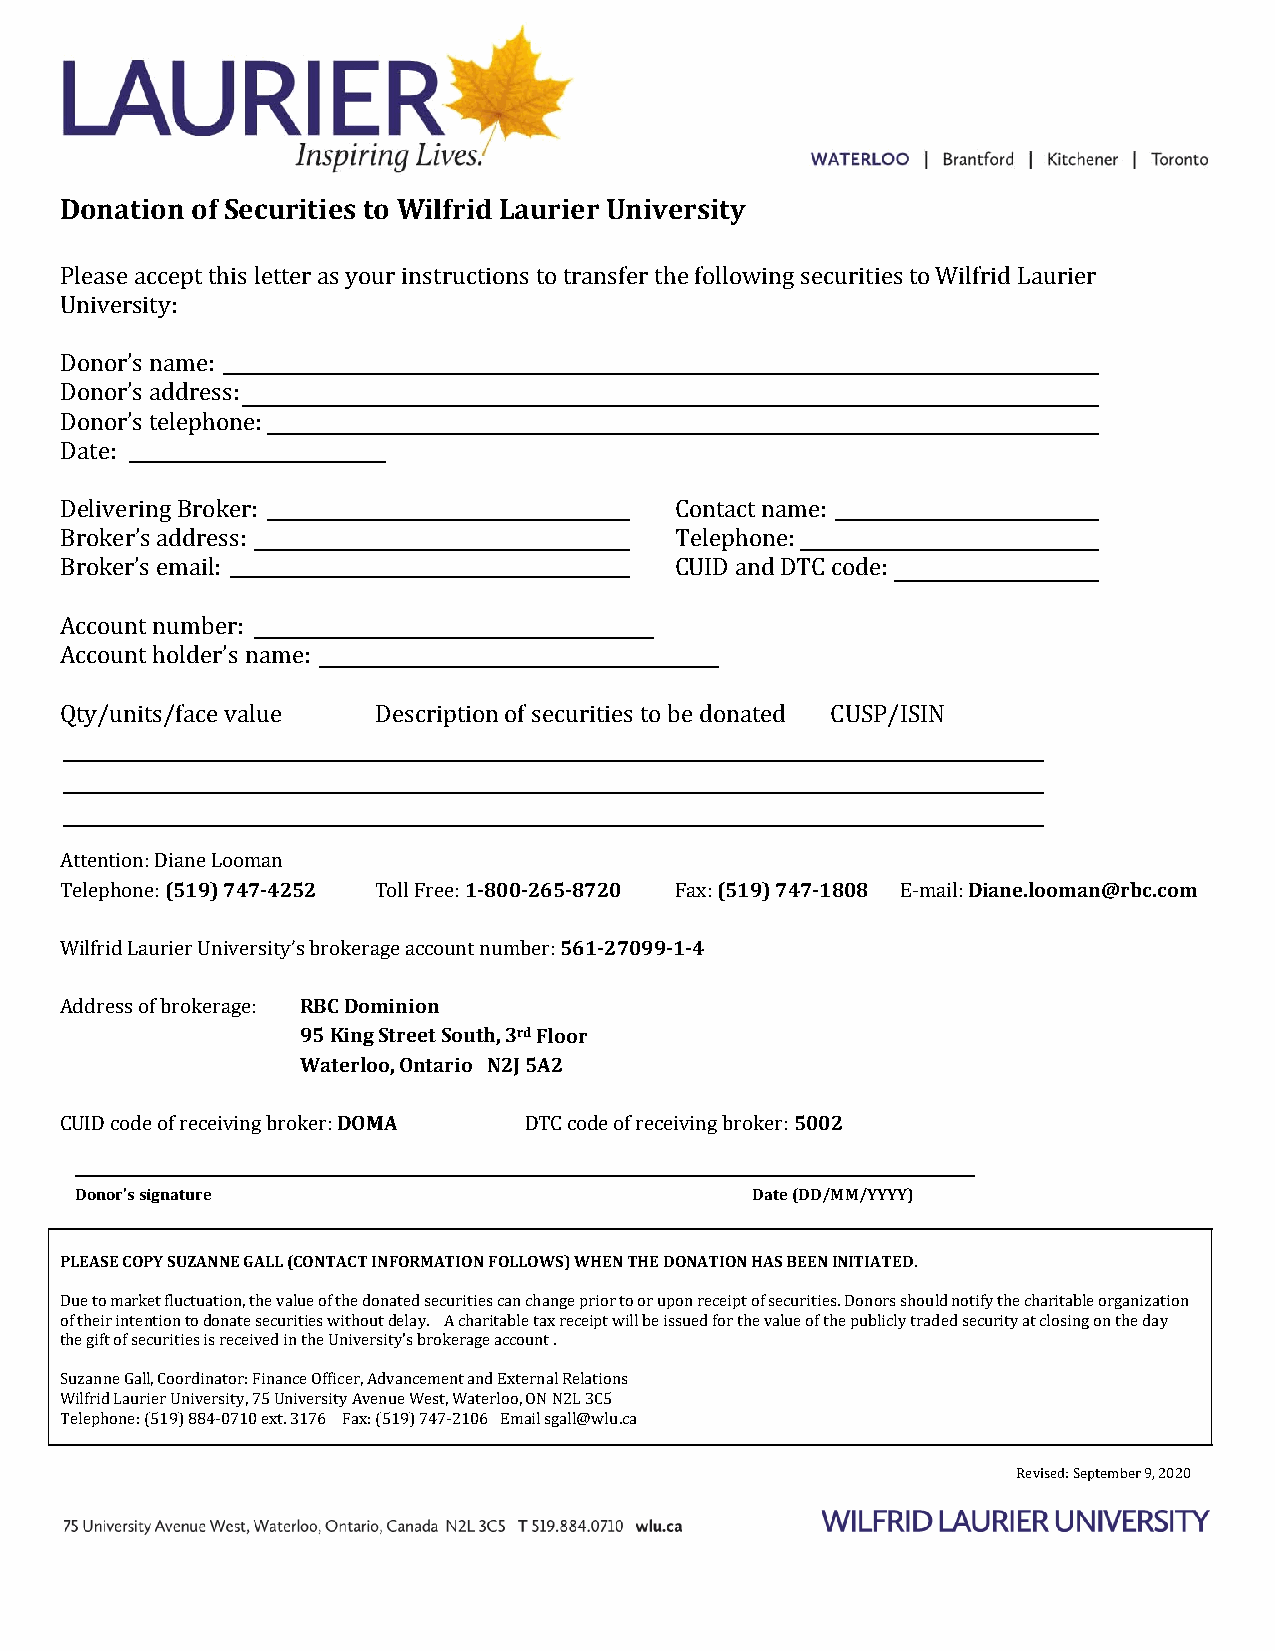
Donation of Securities to Wilfrid Laurier University
 Please accept this letter as your instructions to transfer the following securities to Wilfrid Laurier
 University:
 Donor’s name:
 Donor’s address:
 Donor’s telephone:
 Date:
 Delivering Broker:                       Contact name:
 Broker’s address:                        Telephone:
 Broker’s email:                          CUID and DTC code:
 Account number:
 Account holder’s name:
 Qty/units/face value Description of securities to be donated CUSP/ISIN
 Attention: Diane Looman
 Telephone: (519) 747‐4252 Toll Free: 1‐800‐265‐8720 Fax: (519) 747‐1808 E‐mail: Diane.looman@rbc.com
 Wilfrid Laurier University’s brokerage account number: 561‐27099‐1‐4
 Address of brokerage: RBC Dominion
 95 King Street South, 3rd Floor
 Waterloo, Ontario N2J 5A2
 CUID code of receiving broker: DOMA DTC code of receiving broker: 5002
 Donor’s signature                            Date (DD/MM/YYYY)
 PLEASE COPY SUZANNE GALL (CONTACT INFORMATION FOLLOWS) WHEN THE DONATION HAS BEEN INITIATED.
 Due to market fluctuation, the value of the donated securities can change prior to or upon receipt of securities. Donors should notify the charitable organization
 of their intention to donate securities without delay.
 A charitable tax receipt will be issued for the value of the publicly traded security at closing on the day
 tShuez agnifnt eo fG saellc,u Croitoireds iinsa rteocre: ived in the University's brokerage account .
 Wilfrid Laurier University, 75 University Avenue West, Waterloo, ON N2L 3C5
 Telephone: (519) 884‐0710F ienxatn. 3c1e 7O6f f i c Fearx, A: (d5v1a9n)c e7m47e‐n2t1 a0n6d EExmtearinl sagl aRlel@lawtiolun.sca
 Revised:
 September 9, 2020